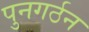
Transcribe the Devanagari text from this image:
पुनगर्ठन